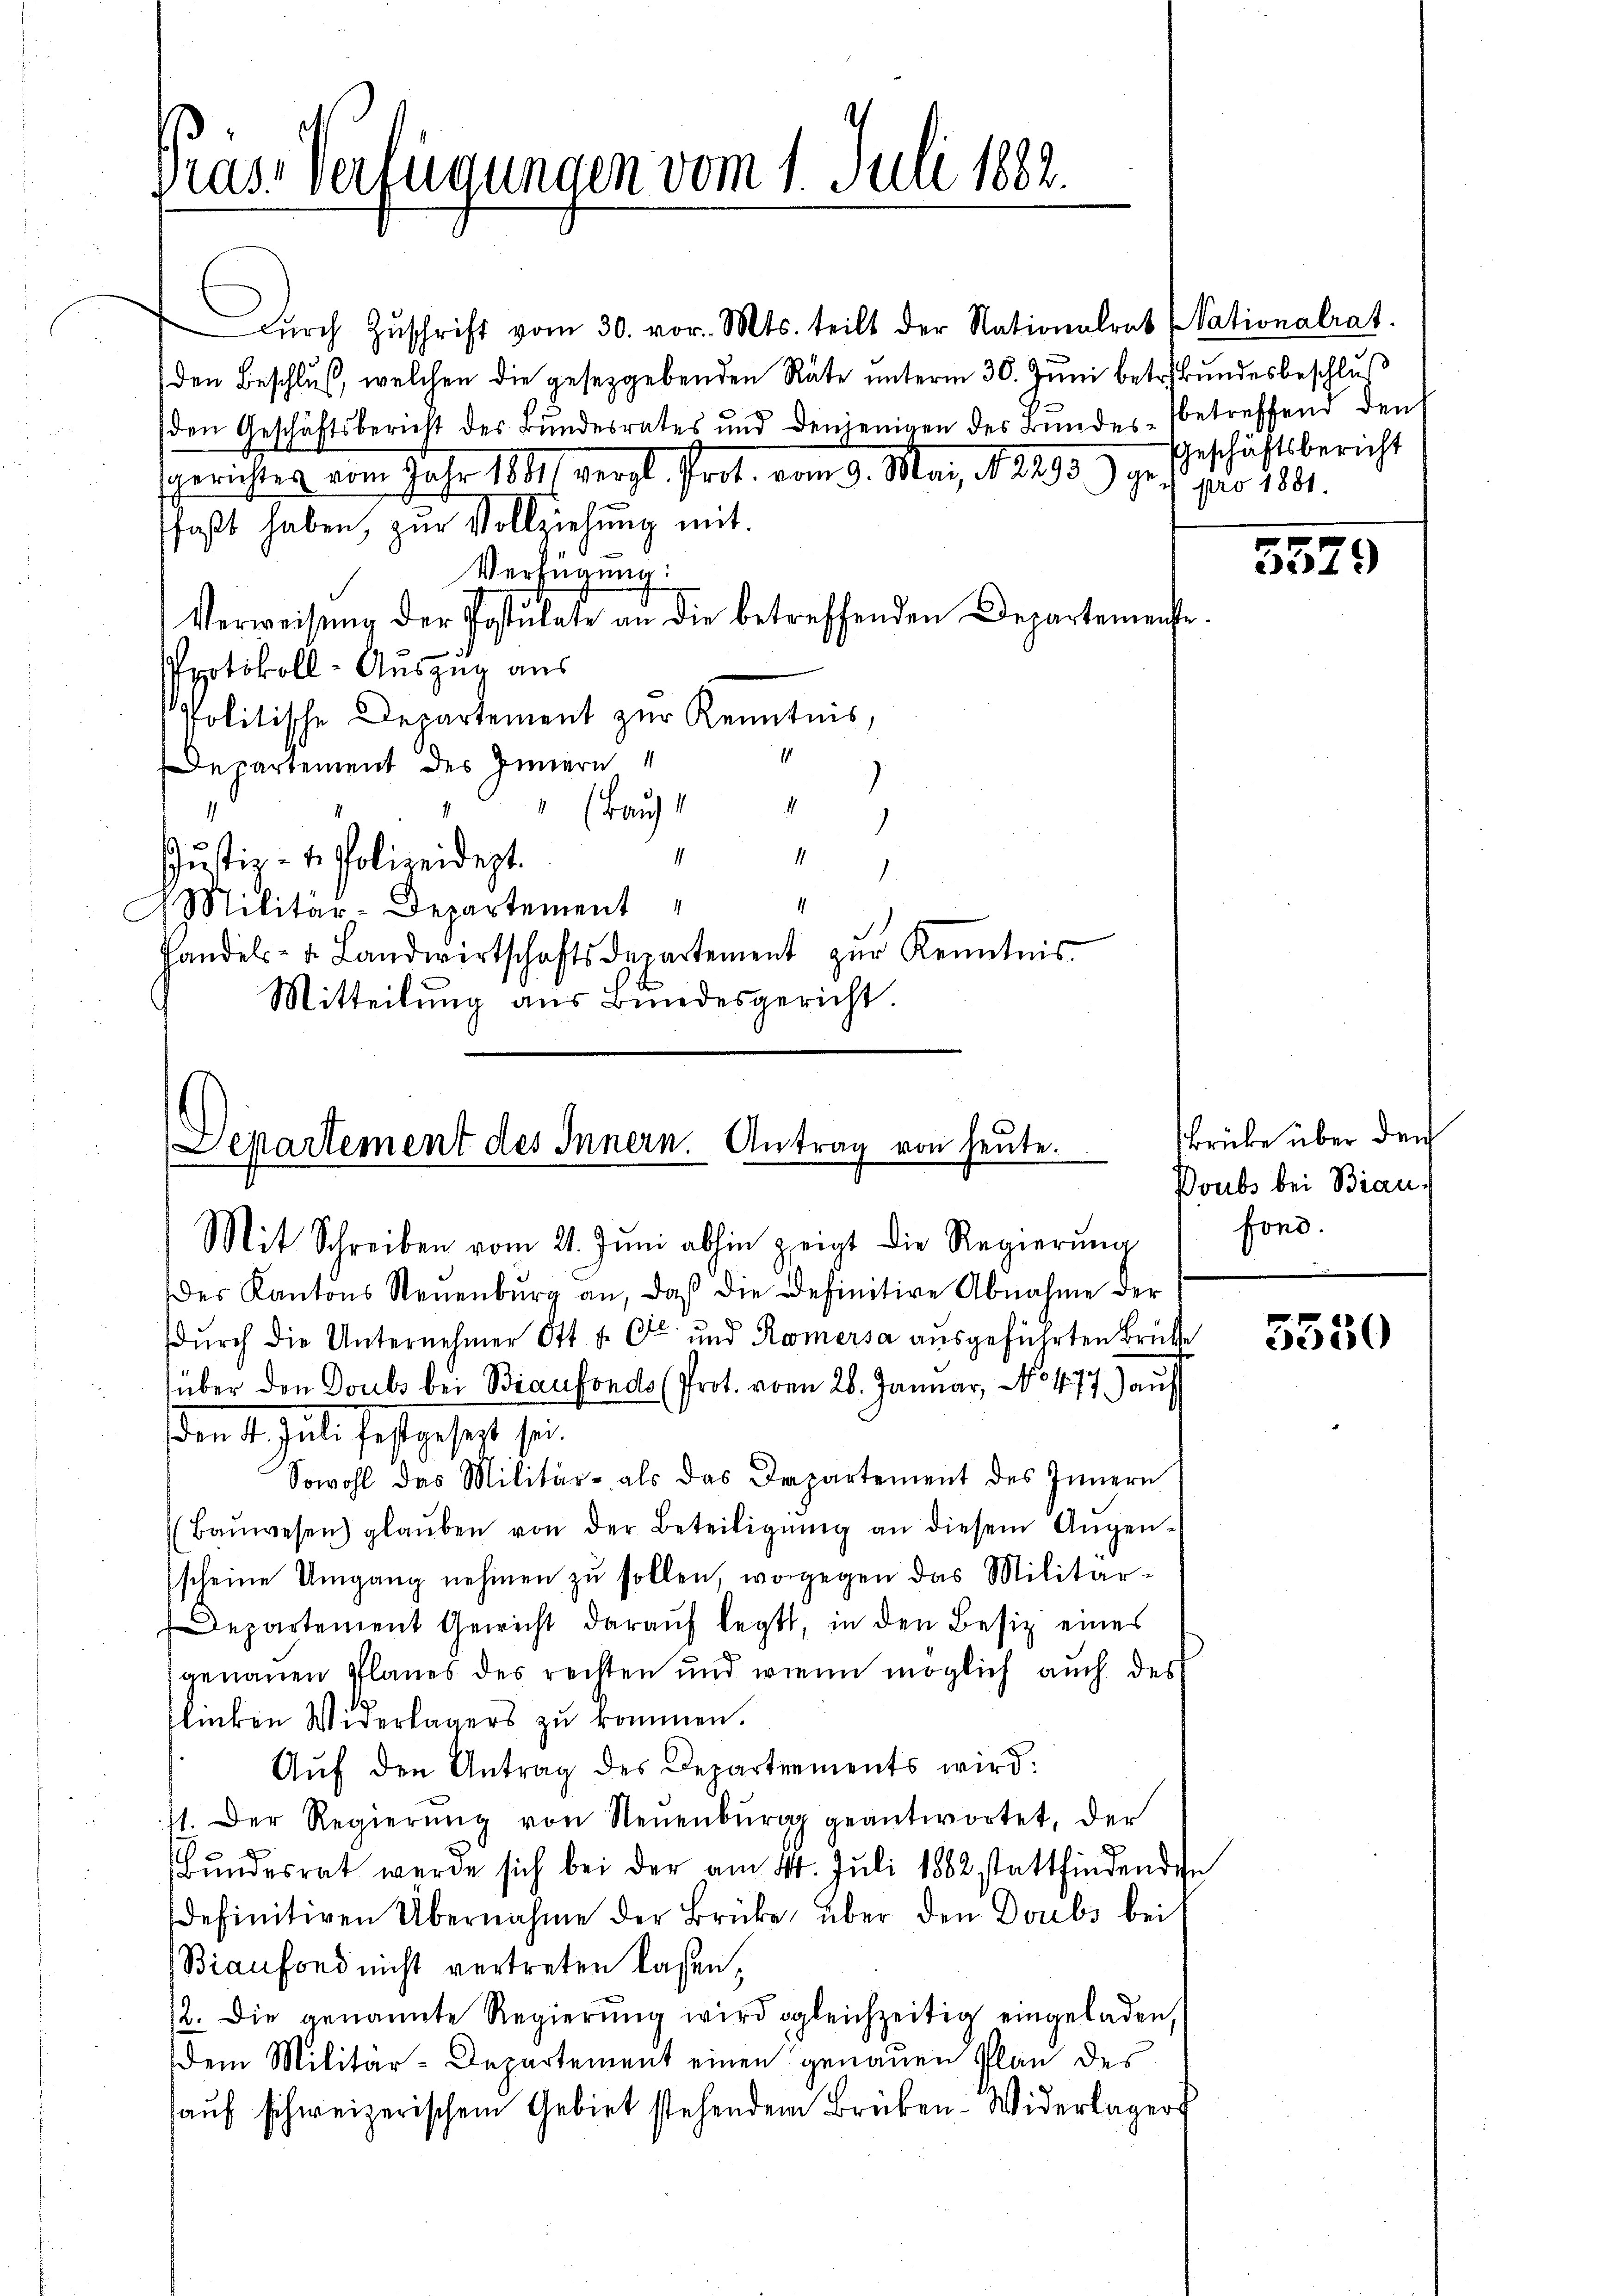
dŭrch Zŭschrift vom 30. vor. Mts. teilt der Nationalrat Nationalrat.
den Beschluß, welchen die gesetzgebenden Räte unterm 30. Juni betr. Bundesbeschluß
den Geschäftsbericht des Bundesrates und denjenigen des Bundes-Betreffend den
Gerichtes vom Jahr 1881/ vergl. Prot. vom 9. May d. 2193) ihr s. als 1881.
faßt haben, zur Vollziehung mit
Verfügung:
Verweisŭng der Postulate an die betreffenden Departemenste
Protokoll-Aus“ aus
Politische Departement zur Kenntnis,
Departement des Innern
4
 (Bauf
1
1
11
1
Justiz- u. Polizeidept.
1.
1
Militär-Departement
Handels- u. Landwirtschaftsdepartement zŭr Kenntnis
Mitteilung aus Bundesgericht.

Prassverfügungen vom 1. Juli 1882.

Lepartement des Innern. Antrag von heute.
Mit Schreiben vom 21. Jŭni abhin zeigt die Regierŭng

der Kantons Neuenburg an, daβ die Definitive Abnahme der
dŭrch die Unternehmer Ott u. Ott und Römersa ausgeführten Brütte
über den Doubs bei Biaufonds (Prot. vom 26. Januar, No 477 auf
sen d. heute festgeset hat.
Sowohl des Militär- als das Departement des Innern
(Baŭwesen) glaŭben von der Beteiligŭng an diesem Aŭgen-
scheine Umgang nehmen zŭ sollen, wogegen das Militär-
Departement Gewicht darauf legt, in den Besitz eines
genauen Planes des rechten und wenn möglich auch des
flücken Widerlagers zu kommen.
Aŭf den Antrag des Departements wird:
11. Der Regierŭng von Neuenburg geantwortet, der
Bundesrat werde sich bei der am 4. Juli 1882 stattfindenden
definitiven Übernahme der Brücke über den Doubs bei
Biaufond nicht vertreten lassen,
12. Die genannte Regierŭng wird gleichzeitig eingeladen,
dem Militär-Departement einen genauen Plan des
auf schweizerischem Gebiet stehendem Brüben - Widerlagers

Geschäftsbericht

5579

krücke über den
Doubs bei Bian.
fond.

5350